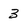
Character: 3